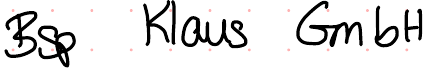
Bsp Klaus GmbH